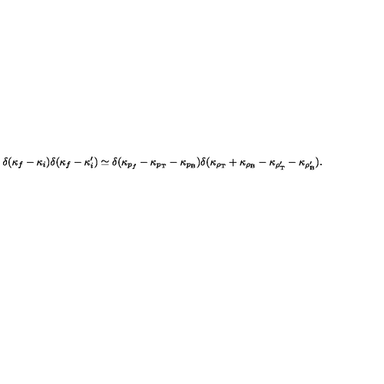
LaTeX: \delta ( \kappa _ { f } - \kappa _ { i } ) \delta ( \kappa _ { f } - \kappa _ { i } ^ { \prime } ) \simeq \delta ( \kappa _ { p _ { f } } - \kappa _ { p _ { \mathrm { T } } } - \kappa _ { p _ { \mathrm { B } } } ) \delta ( \kappa _ { \rho _ { \mathrm { T } } } + \kappa _ { \rho _ { \mathrm { B } } } - \kappa _ { \rho _ { \mathrm { T } } ^ { \prime } } - \kappa _ { \rho _ { \mathrm { B } } ^ { \prime } } ) .